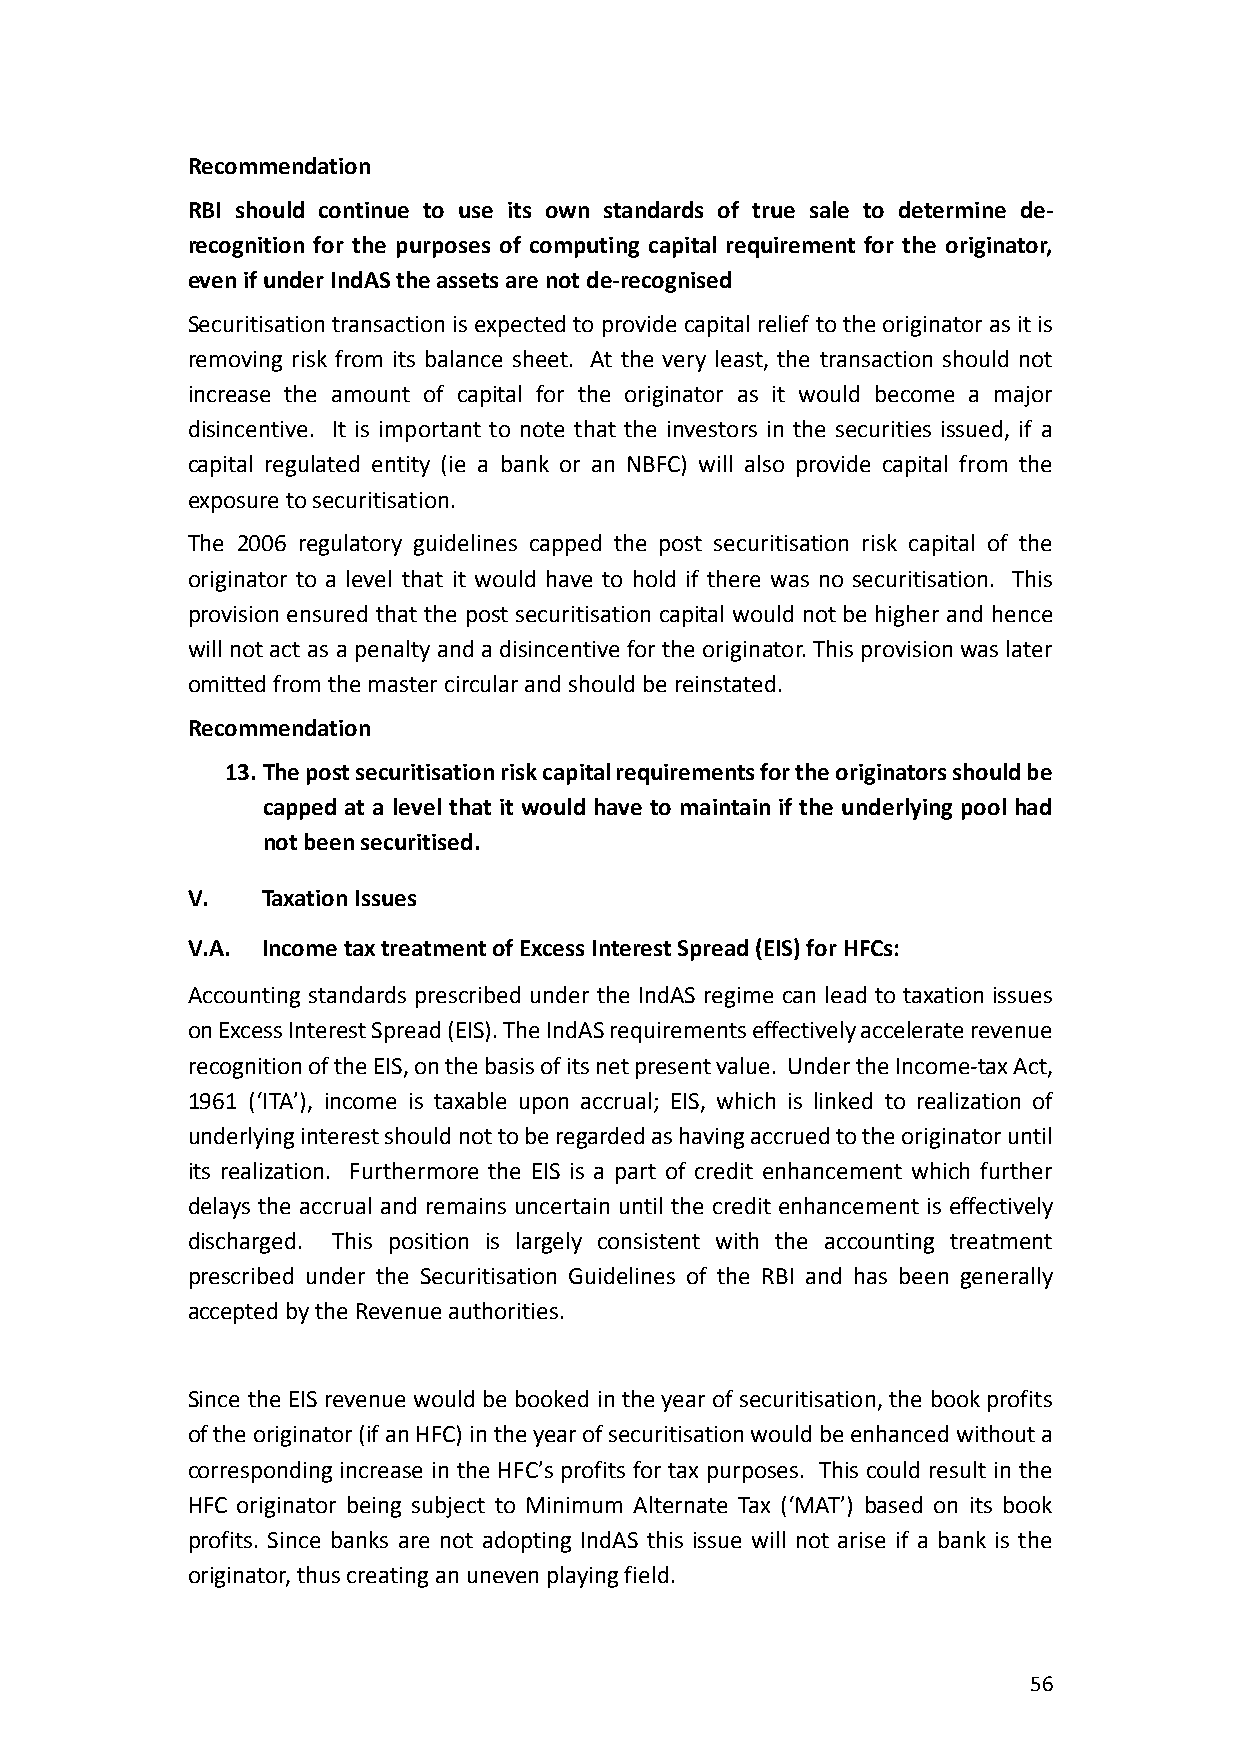
Recommendation
 RBI should continue to use its own standards of true sale to determine de-
 recognition for the purposes of computing capital requirement for the originator,
 even if under IndAS the assets are not de-recognised
 Securitisation transaction is expected to provide capital relief to the originator as it is
 removing risk from its balance sheet. At the very least, the transaction should not
 increase the amount of capital for the originator as it would become a major
 disincentive. It is important to note that the investors in the securities issued, if a
 capital regulated entity (ie a bank or an NBFC) will also provide capital from the
 exposure to securitisation.
 The 2006 regulatory guidelines capped the post securitisation risk capital of the
 originator to a level that it would have to hold if there was no securitisation. This
 provision ensured that the post securitisation capital would not be higher and hence
 will not act as a penalty and a disincentive for the originator. This provision was later
 omitted from the master circular and should be reinstated.
 Recommendation
 13. The post securitisation risk capital requirements for the originators should be
 capped at a level that it would have to maintain if the underlying pool had
 not been securitised.
 V.   Taxation Issues
 V.A. Income tax treatment of Excess Interest Spread (EIS) for HFCs:
 Accounting standards prescribed under the IndAS regime can lead to taxation issues
 on Excess Interest Spread (EIS). The IndAS requirements effectively accelerate revenue
 recognition of the EIS, on the basis of its net present value. Under the Income-tax Act,
 1961 (‘ITA’), income is taxable upon accrual; EIS, which is linked to realization of
 underlying interest should not to be regarded as having accrued to the originator until
 its realization. Furthermore the EIS is a part of credit enhancement which further
 delays the accrual and remains uncertain until the credit enhancement is effectively
 discharged. This position is largely consistent with the accounting treatment
 prescribed under the Securitisation Guidelines of the RBI and has been generally
 accepted by the Revenue authorities.
 Since the EIS revenue would be booked in the year of securitisation, the book profits
 of the originator (if an HFC) in the year of securitisation would be enhanced without a
 corresponding increase in the HFC’s profits for tax purposes. This could result in the
 HFC originator being subject to Minimum Alternate Tax (‘MAT’) based on its book
 profits. Since banks are not adopting IndAS this issue will not arise if a bank is the
 originator, thus creating an uneven playing field.
 56